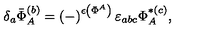
\delta _ { a } \bar { \Phi } _ { A } ^ { ( b ) } = \left( - \right) ^ { \epsilon \left( \Phi ^ { A } \right) } \varepsilon _ { a b c } \Phi _ { A } ^ { * ( c ) } ,